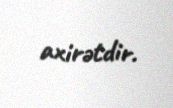
axirətdir.